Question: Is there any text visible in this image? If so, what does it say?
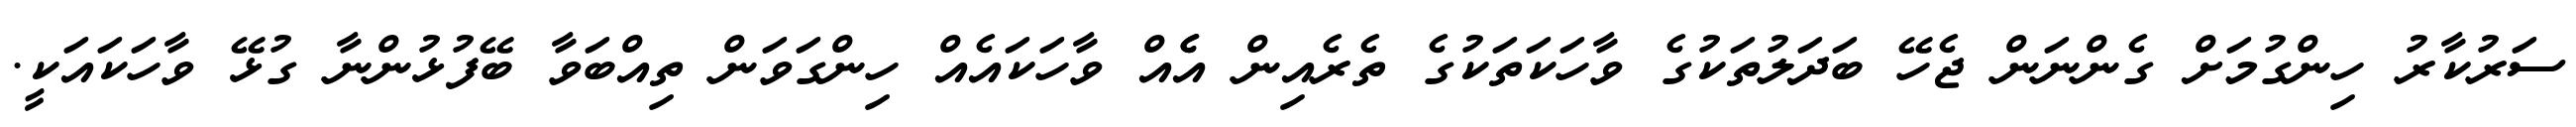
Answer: ސަރުކާރު ހިންގުމަށް ގެންނަން ޖެހޭ ބަދަލުތަކުގެ ވާހަކަތަކުގެ ތެރެއިން އެެއް ވާހަކައެއް ހިންގަވަން ތިއްބަވާ ބޭފުޅުންނާ ގުޅޭ ވާހަކައަކީ.